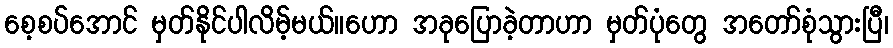
စေ့စပ်အောင် မှတ်နိုင်ပါလိမ့်မယ်။ဟော အခုပြောခဲ့တာဟာ မှတ်ပုံတွေ အတော်စုံသွားပြီ၊